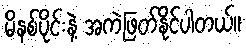
မိနစ်ပိုင်းနဲ့ အကဲဖြတ်နိုင်ပါတယ်။